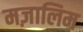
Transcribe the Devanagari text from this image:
मज़ालिम